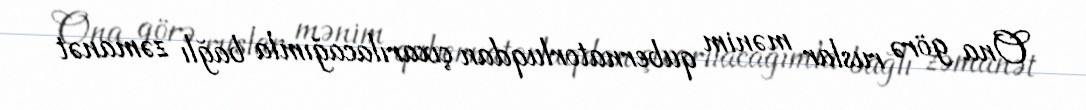
Ona görə ruslar mənim qubernatorluqdan çıxarılacağımla bağlı zəmanət